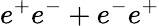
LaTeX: e^{+}e^{-}+e^{-}e^{+}